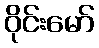
ဝိုင်းမော်